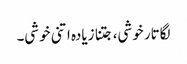
لگاتار خوشی، جتنا زیادہ اتنی خوشی۔